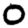
Digit: 0